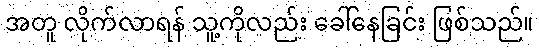
အတူ လိုက်လာရန် သူ့ကိုလည်း ခေါ်နေခြင်း ဖြစ်သည်။